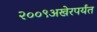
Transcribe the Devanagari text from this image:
२००९अखेरपर्यंत